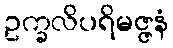
ဥက္ခလိပရိမဇ္ဇနံ